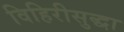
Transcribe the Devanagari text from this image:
विहिरीसुद्धा